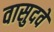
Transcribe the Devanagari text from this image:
वासुदवे